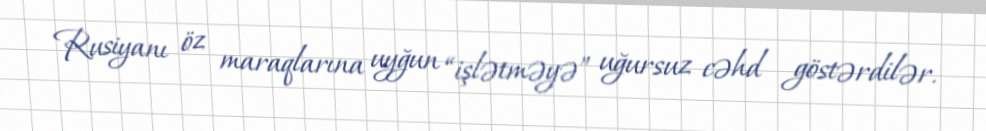
Rusiyanı öz maraqlarına uyğun “işlətməyə” uğursuz cəhd göstərdilər.